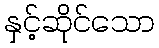
နှင့်ဆိုင်သော